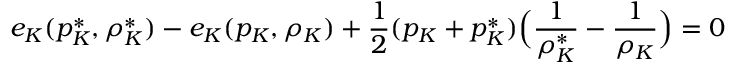
e _ { K } ( p _ { K } ^ { * } , \rho _ { K } ^ { * } ) - e _ { K } ( p _ { K } , \rho _ { K } ) + \frac { 1 } { 2 } ( p _ { K } + p _ { K } ^ { * } ) \Big ( \frac { 1 } { \rho _ { K } ^ { * } } - \frac { 1 } { \rho _ { K } } \Big ) = 0